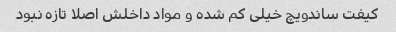
کیفت ساندویچ خیلی کم شده و مواد داخلش اصلا تازه نبود